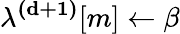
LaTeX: \mathbf{\lambda^{(d+1)}}[m]\gets\beta